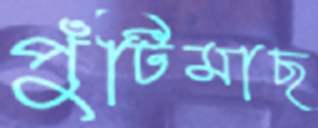
পুঁটিমাছ